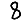
Digit: 8